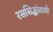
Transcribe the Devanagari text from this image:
रससिद्धांताशी